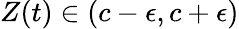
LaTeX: Z(t)\in(c-\epsilon,c+\epsilon)